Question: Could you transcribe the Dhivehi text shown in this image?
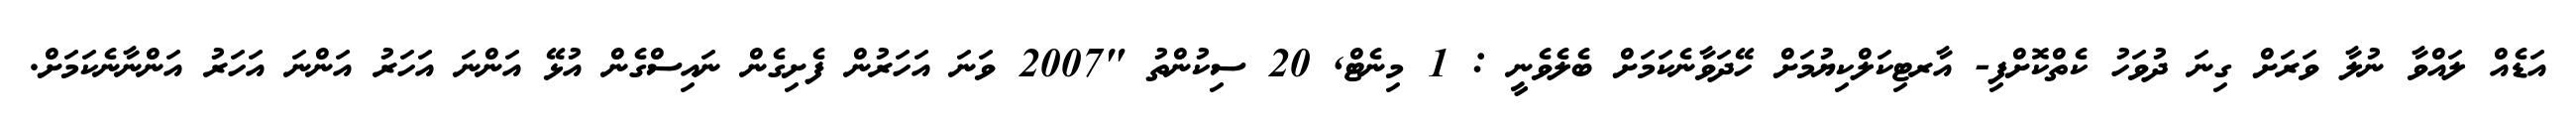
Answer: އަޑެއް ލައްވާ ނުލާ ވަރަށް ގިނަ ދުވަހު ކެތްކޮށްފި- އާރޓިކަލްކިޔުމަށް ހޭދަވާނެކަމަށް ބެލެވެނީ : 1 މިނެޓް, 20 ސިކުންތު "2007 ވަނަ އަހަރުން ފެށިގެން ނައިސްގެން އުޅޭ އަންނަ އަހަރު އަންނަ އަހަރު އަންނާނެކަމަށް.